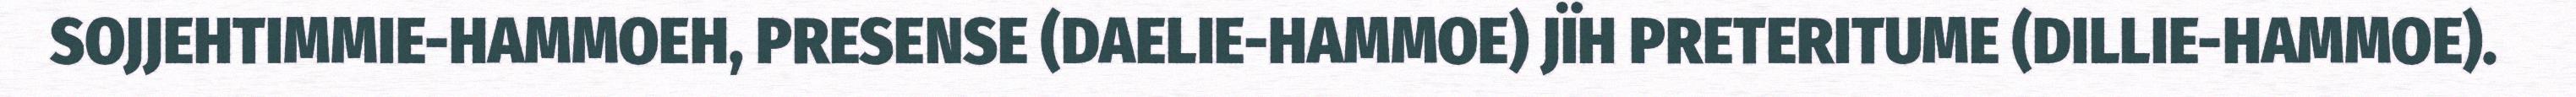
SOJJEHTIMMIE-HAMMOEH, PRESENSE (DAELIE-HAMMOE) JÏH PRETERITUME (DILLIE-HAMMOE).